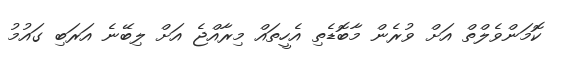
ކޮމަންވެލްތް އަށް ވުރެން މާބޮޑެތި އެހީތައް މިރާއްޖެ އަށް ލިބޭނެ އަރަބި ގައުމު